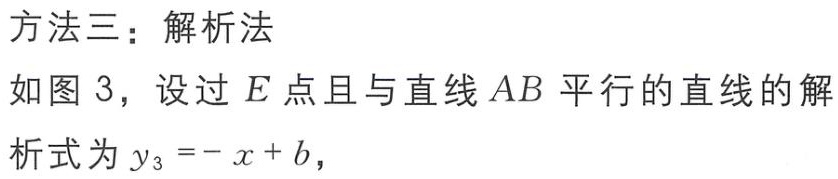
方法三：解析法
如图 3，设过 \(E\) 点且与直线 \(AB\) 平行的直线的解析式为 \(y_{3}=-x + b\)，